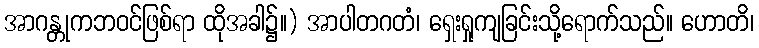
အာဂန္တုကဘဝင်ဖြစ်ရာ ထိုအခါ၌။) အာပါတဂတံ၊ ရှေးရှုကျခြင်းသို့ရောက်သည်။ ဟောတိ၊